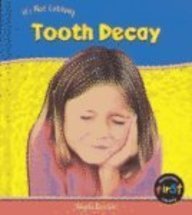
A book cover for Tooth Decay (It's Not Catching); Angela Royston; Medical Books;